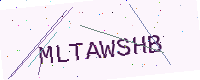
Text: MLTAWSHB